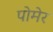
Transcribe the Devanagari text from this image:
पोमेर